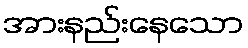
အားနည်းနေသော